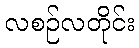
လစဉ်လတိုင်း